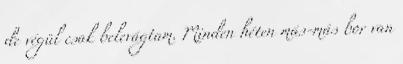
de végül csak belevágtam. Minden héten más-más bor van